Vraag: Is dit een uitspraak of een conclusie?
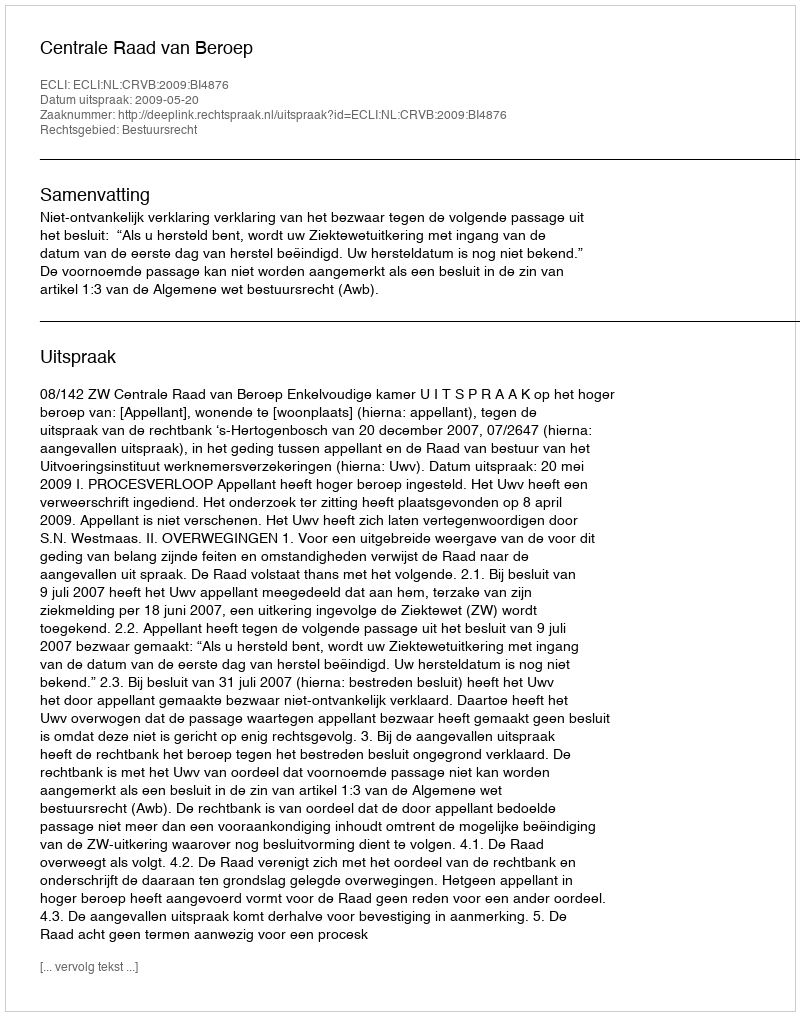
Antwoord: Uitspraak